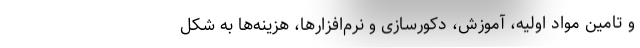
و تامین مواد اولیه، آموزش، دکورسازی و نرم‌افزارها، هزینه‌ها به شکل